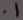
Text: .1